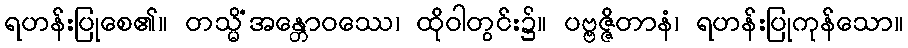
ရဟန်းပြုစေ၏။ တသ္မိံအန္တောဝဿေ၊ ထိုဝါတွင်း၌။ ပဗ္ဗဇ္ဇိတာနံ၊ ရဟန်းပြုကုန်သော။